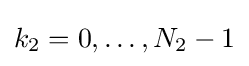
k_{2}=0,\dots ,N_{2}-1